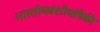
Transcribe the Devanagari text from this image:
भारतीयवंशीयांपैकी